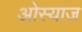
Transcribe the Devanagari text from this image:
ओस्याज